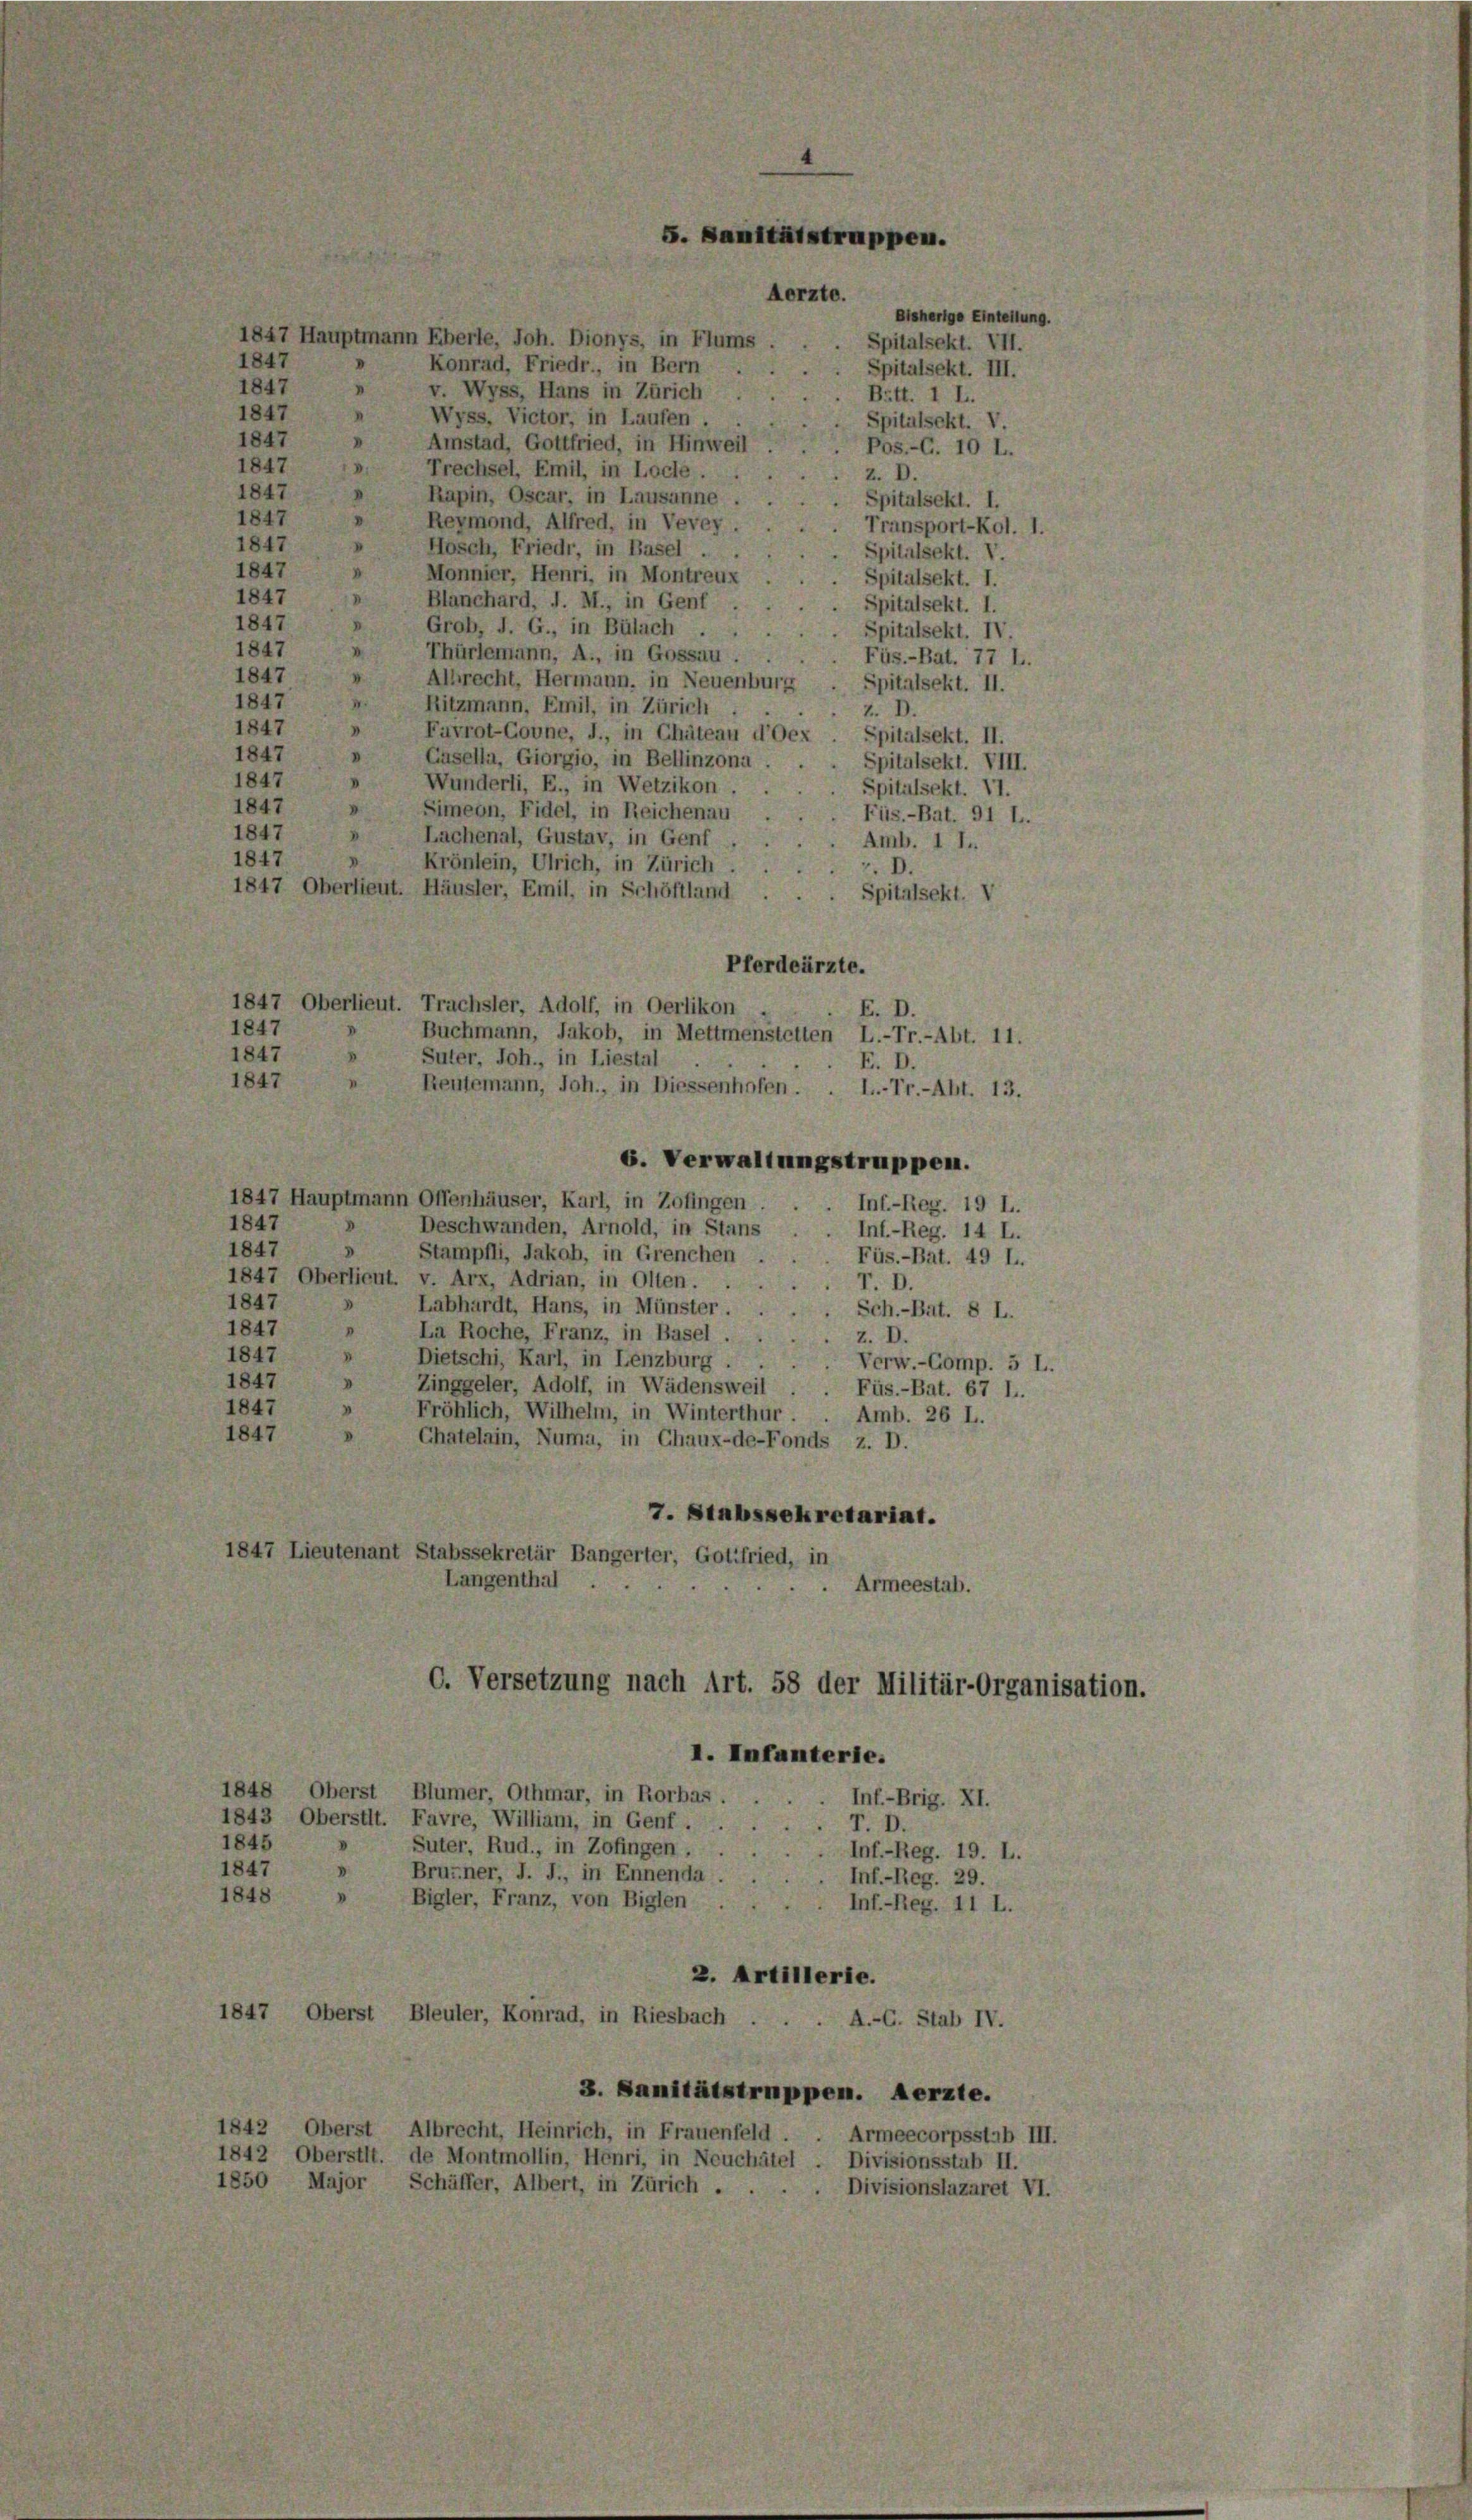
S. Sanitätstruppen.

Aerzte.
Bisherige Einteilung.
1847 Hauptmann Eberle, Joh. Dionys, in Flums
Spitalsekt. VII.
1847
Konrad, Friedr., in Bern
Spitalsekt. III.
1847
"
v. Wyss, Hans in Zürich
Bütt. I L.
1847
n
Wyss. Victor, in Laufen.
Spitulsekt. V.
1847
I
Amstad, Gottfried, in Hinweil
Pos.-G. 10 L.
1847
.
Trechsel, Emil, in Loche . .
z. D.
1847
I
Rapin, Oscar, in Lausanne
Spitalsekt. I.
1847
Reymond, Alfred, in Vevey.
Transport-Kol.
1847
V
Hosch, Friedr, in Basel.
 Spitalsekt. V.
1847
Monnier, Henri, in Montreux
Spitalsekt. I.
1847
Blanchard, d. M., in Genf
D
Spitalsekt. I.
1847
Grob, J. G., in Bülach
Spitalsekt. IV.
1847
Thürlemann, A., in Gossau.
Füs.-Bat. 77 L.
1847
s
Albrecht, Hermann, in Neuenburg
Spitalsekt. II.
1847
V.
Ritzmann, Emil, in Zürich.
Z. D.
1847
Fuvrot-Govne, J., in Chäteau d’Oex. Spitalsekt. II.
1847
Gasella, Giorgio, in Bellinzona . .
Spitalsekt. VIII.
.
1847
I
Wunderli, E., in Wetzikon.
Spitulsekt. 11.
1847
D
Simeon, Fidel, in Reichenau
Füs.-Bat. 91 l.
1847
d
Lachenal, Gustav, in Genf
Amb. 1 l.
1847
.
Krönlein, Ulrich, in Zürich.
. D.
1847 Oberlieut. Häusler, Emil, in Schöftland
Spitalsekt. V
Pferdeärzte.
1847 Oberlieut. Trachsler, Adolf, in Oerlikon
E. D.
1847
Buchmann, Jakob, in Mettmenstetten L.-Tr.-Abt. 11.
1847
Suter, Joh., in Liestal
F. D.
1847
Reulemann, Joh., in Diessenhofen.
I.-Tr.-Abt. 13.
6. Verwaltungstruppen.
1847 Hauptmann Offenhäuser, Karl, in Zofingen.
Inf.-Reg. 19 L.
1847
Deschwanden, Arnold, in Stans
Inf.-Reg. 14 L.
1847
Stampfli, Jakoh, in Grenchen
Füs.-Bat. 49 L.
1847 Oberlieut. v. Arx, Adrian, in Olten.
T. D.
1847
Labhardt, Hans, in Münster . . . Sch.-Bat. 8 L.
1847
"
La Roche, Franz, in Basel.
z. D.
1847
.
Dietschi, Karl, in Lenzburg .
Verw.-Comp. 5 L.
1847
Zinggeler, Adolf, in Wädensweil . . Füs.-Bat. 67 l..
1847
Fröhlich, Wilhelm, in Winterthur.
Amb. 26 L.
1847
Chatelain, Numa, in Chaux-de-Fonds z. D.
7. Sinbssekretariat.
1847 Lieutenant Stabssekretär Bangerter, Gottfried, in
Langenthal ..
Armeestab.
Versetzung nach Art. 58 der Militär-Organisa
I. Infanterie.
1848 Oberst Blümer, Othmar, in Rorbas .
Inf.-Brig. XI.
1843 Oberstit. Favre, William, in Genf.
T. D.
1845
Suter, Rud., in Zofingen,
Inf.-Reg. 19. L.
1847
Bruzner, J. J., in Ennenda .
Inf.-Reg. 29.
1848
Bigler, Franz, von Biglen
Inf.-Reg. 11 L.
2. Artillerie.
1847, Oberst Bleuler, Konrad, in Riesbach . . . A.-C. Stab IV.
3. Sanitätstruppen. Aerzte.
1842 Oberst Albrecht, Heinrich, in Frauenfeld.
Armeecorpsstab III.
1842 Oberstit. de Montmollin, Henri, in Neuchâtel. Divisionsstab II.
1850 Major Schäffer, Albert, in Zürich ...
Divisionslazaret VI.

tion.